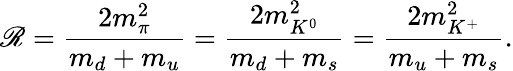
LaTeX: \mathscr{R}=\frac{{2m_{\pi}^{2}}}{{m_{d}+m_{u}}}=\frac{{2m_{K^{0}}^{2}}}{{m_{d}+m_{s}}}=\frac{{2m_{K^{+}}^{2}}}{{m_{u}+m_{s}}}.